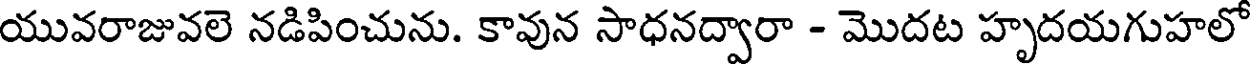
యువరాజువలె నడిపించును. కావున సాధనద్వారా - మొదట హృదయగుహలో